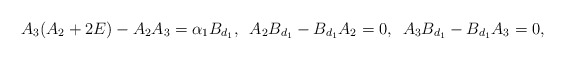
\begin{align*}A_{3}(A_{2}+2E)-A_{2}A_{3}=\alpha_{1}B_{d_{1}},\,\,\, A_{2}B_{d_{1}}-B_{d_{1}}A_{2}=0,\,\,\, A_{3}B_{d_{1}}-B_{d_{1}}A_{3}=0,\end{align*}